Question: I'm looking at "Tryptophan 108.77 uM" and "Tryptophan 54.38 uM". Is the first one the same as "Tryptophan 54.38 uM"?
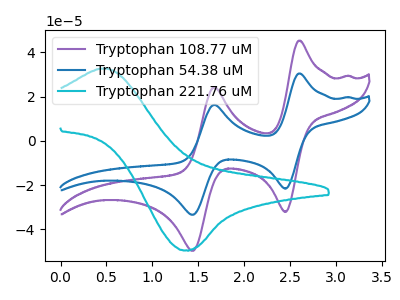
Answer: <think>The purple curve "Tryptophan 108.77 uM" has anodic peaks at (2.60V, 45.30uA) (1.70V, 24.25uA) and cathodic peaks at (2.45V, -32.10uA) (1.45V, -49.65uA). The blue curve "Tryptophan 54.38 uM" has anodic peaks at (2.60V, 30.45uA) (1.70V, 16.30uA) and cathodic peaks at (2.45V, -21.55uA) (1.45V, -33.35uA). The cyan curve "Tryptophan 221.76 uM" has an anodic peak at (0.45V, 32.70uA) and a cathodic peak at (1.35V, -49.40uA).
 All the peaks in "Tryptophan 108.77 uM" have a peak in "Tryptophan 54.38 uM" at the same potential. Every peak in "Tryptophan 108.77 uM" is higher than every peak in "Tryptophan 54.38 uM".</think>
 <answer>"Tryptophan 108.77 uM" and "Tryptophan 54.38 uM" are similar in shape.</answer>
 <eval>same_shape</eval>